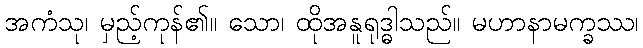
အကံသု၊ မှည့်ကုန်၏။ သော၊ ထိုအနူရုဒ္ဓါသည်။ မဟာနာမက္ခဿ၊